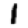
Digit: 1